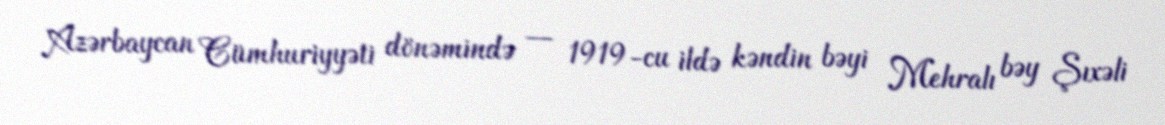
Azərbaycan Cümhuriyyəti dönəmində — 1919-cu ildə kəndin bəyi Mehralı bəy Şıxəli